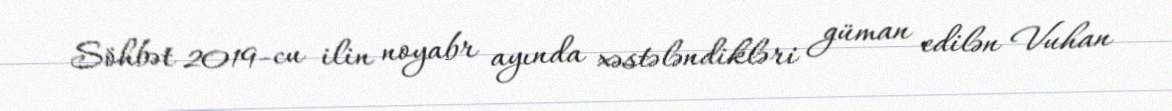
Söhbət 2019-cu ilin noyabr ayında xəstələndikləri güman edilən Vuhan